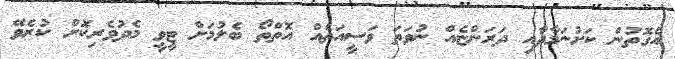
އެގޮތުން ކަށުނަމާދާއި ދަރަންޏެއް ނުވަތަ ވަސީއަތެއް އޮތްތޯ ބެލުމަށް ޓީވީ މެދުވެރިކޮށް ކުރެވޭ